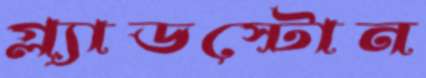
গ্ল্যাডস্টোন